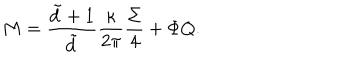
LaTeX: M = \frac { \tilde { d } + 1 } { \tilde { d } } \frac { \kappa } { 2 \pi } \frac { \Sigma } { 4 } + \Phi Q .